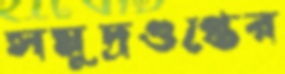
সমুদ্রগুপ্তের